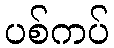
ပစ်ကပ်